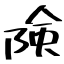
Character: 険